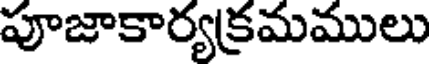
పూజాకార్యక్రమములు